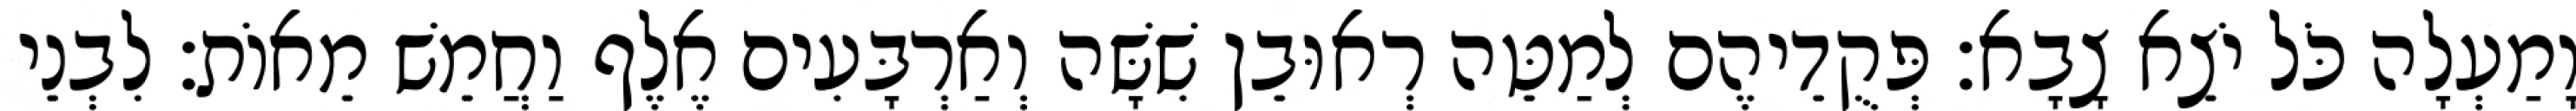
וָמַעְלָה כֹּל יֹצֵא צָבָא׃ פְּקֻדֵיהֶם לְמַטֵּה רְאוּבֵן שִׁשָּׁה וְאַרְבָּעִים אֶלֶף וַחֲמֵשׁ מֵאוֹת׃ לִבְנֵי